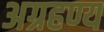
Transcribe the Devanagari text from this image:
अग्रहण्य